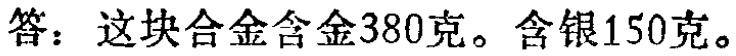
答：这块合金含金380克。含银150克。